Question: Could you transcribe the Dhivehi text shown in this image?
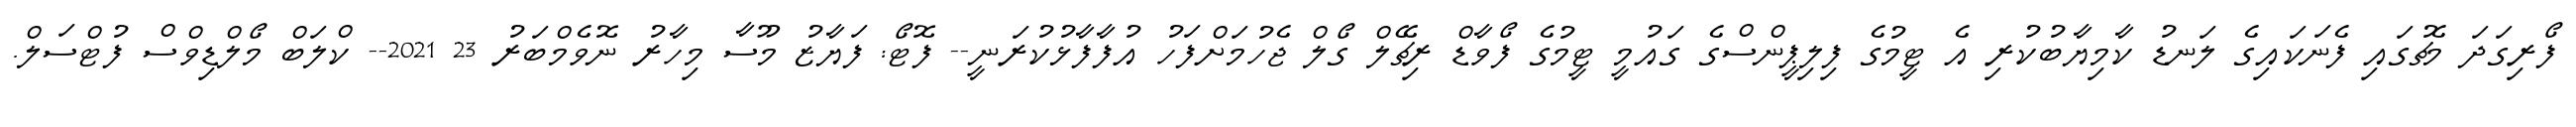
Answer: ފޯރިގަދަ މެޗުގައި ފެނަކައިގެ ލަނޑު ކާމިޔާބުކުރި އެ ޓީމުގެ ފިލިޕީންސްގެ ގައުމީ ޓީމުގެ ފޯވާޑް ރިޗޭލް ގޯލް ޖެހުމަށްފަހު އުފާފާޅުކުރަނީ-- ފޮޓޯ: ފަޔާޒު މޫސާ މިހާރު ނޮވެމްބަރު 23 2021-- ކްލަބް މޯލްޑިވްސް ފުޓްސަލް.